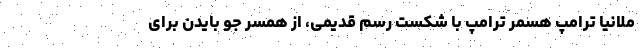
ملانیا ترامپ هسمر ترامپ با شکست رسم قدیمی، از همسر جو بایدن برای